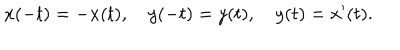
x ( - t ) = - x ( t ) , \quad y ( - t ) = y ( t ) , \quad y ( t ) = x ^ { \prime } ( t ) .